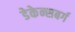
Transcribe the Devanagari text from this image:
डेकेन्सबर्ग